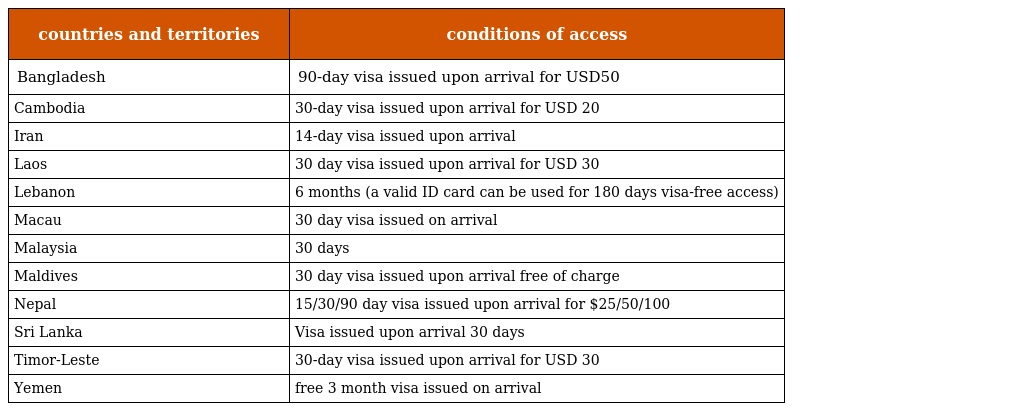
| countries and territories | conditions of access |
 | --- | --- |
 | Bangladesh | 90-day visa issued upon arrival for USD50 |
 | Cambodia | 30-day visa issued upon arrival for USD 20 |
 | Iran | 14-day visa issued upon arrival |
 | Laos | 30 day visa issued upon arrival for USD 30 |
 | Lebanon | 6 months (a valid ID card can be used for 180 days visa-free access) |
 | Macau | 30 day visa issued on arrival |
 | Malaysia | 30 days |
 | Maldives | 30 day visa issued upon arrival free of charge |
 | Nepal | 15/30/90 day visa issued upon arrival for $25/50/100 |
 | Sri Lanka | Visa issued upon arrival 30 days |
 | Timor-Leste | 30-day visa issued upon arrival for USD 30 |
 | Yemen | free 3 month visa issued on arrival |